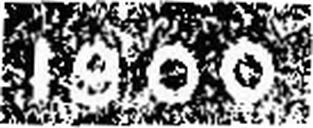
1900